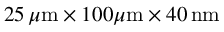
2 5 \, \mu \mathrm { m } \times 1 0 0 \mu \mathrm { m } \times 4 0 \, \mathrm { n m }